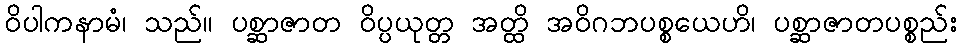
ဝိပါကနာမံ၊ သည်။ ပစ္ဆာဇာတ ဝိပ္ပယုတ္တ အတ္ထိ အဝိဂဘပစ္စယေဟိ၊ ပစ္ဆာဇာတပစ္စည်း